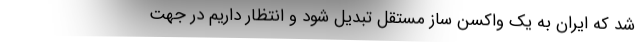
شد که ایران به یک واکسن ساز مستقل تبدیل شود و انتظار داریم در جهت